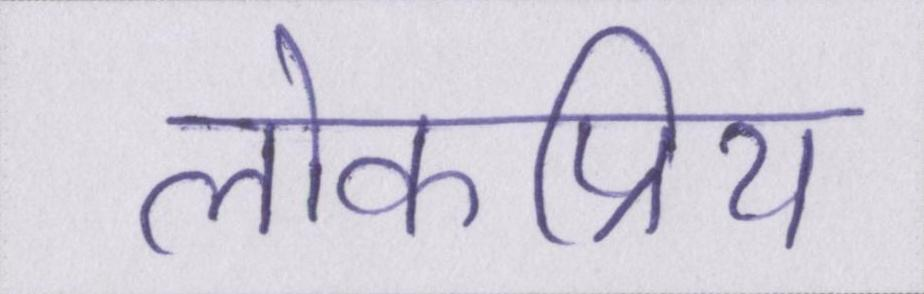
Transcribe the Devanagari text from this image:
लोकप्रिय